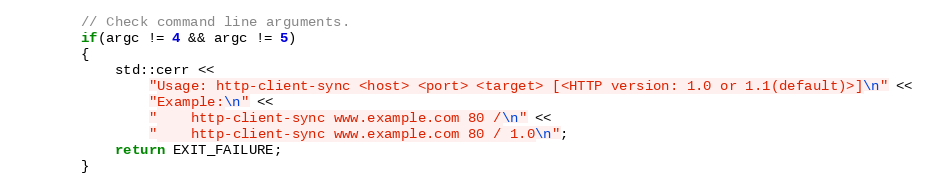
Language: C++
        // Check command line arguments.
        if(argc != 4 && argc != 5)
        {
            std::cerr <<
                "Usage: http-client-sync <host> <port> <target> [<HTTP version: 1.0 or 1.1(default)>]\n" <<
                "Example:\n" <<
                "    http-client-sync www.example.com 80 /\n" <<
                "    http-client-sync www.example.com 80 / 1.0\n";
            return EXIT_FAILURE;
        }